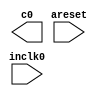
// megafunction wizard: %ALTPLL%VBB%
// GENERATION: STANDARD
// VERSION: WM1.0
// MODULE: altpll 

// ============================================================
// Megafunction Name(s):
// 			altpll
//
// Simulation Library Files(s):
// 			altera_mf
// ============================================================
// ************************************************************
// THIS IS A WIZARD-GENERATED FILE. DO NOT EDIT THIS FILE!
//
// 8.1 Build 163 10/28/2008 SJ Web Edition
// ************************************************************

//Copyright (C) 1991-2008 Altera Corporation
//Your use of Altera Corporation's design tools, logic functions 
//and other software and tools, and its AMPP partner logic 
//functions, and any output files from any of the foregoing 
//(including device programming or simulation files), and any 
//associated documentation or information are expressly subject 
//to the terms and conditions of the Altera Program License 
//Subscription Agreement, Altera MegaCore Function License 
//Agreement, or other applicable license agreement, including, 
//without limitation, that your use is for the sole purpose of 
//programming logic devices manufactured by Altera and sold by 
//Altera or its authorized distributors.  Please refer to the 
//applicable agreement for further details.

module pll (
	areset,
	inclk0,
	c0);

	input	  areset;
	input	  inclk0;
	output	  c0;

endmodule

// ============================================================
// CNX file retrieval info
// ============================================================
// Retrieval info: PRIVATE: ACTIVECLK_CHECK STRING "0"
// Retrieval info: PRIVATE: BANDWIDTH STRING "1.000"
// Retrieval info: PRIVATE: BANDWIDTH_FEATURE_ENABLED STRING "0"
// Retrieval info: PRIVATE: BANDWIDTH_FREQ_UNIT STRING "MHz"
// Retrieval info: PRIVATE: BANDWIDTH_PRESET STRING "Low"
// Retrieval info: PRIVATE: BANDWIDTH_USE_AUTO STRING "1"
// Retrieval info: PRIVATE: BANDWIDTH_USE_CUSTOM STRING "0"
// Retrieval info: PRIVATE: BANDWIDTH_USE_PRESET STRING "0"
// Retrieval info: PRIVATE: CLKBAD_SWITCHOVER_CHECK STRING "0"
// Retrieval info: PRIVATE: CLKLOSS_CHECK STRING "0"
// Retrieval info: PRIVATE: CLKSWITCH_CHECK STRING "1"
// Retrieval info: PRIVATE: CNX_NO_COMPENSATE_RADIO STRING "0"
// Retrieval info: PRIVATE: CREATE_CLKBAD_CHECK STRING "0"
// Retrieval info: PRIVATE: CREATE_INCLK1_CHECK STRING "0"
// Retrieval info: PRIVATE: CUR_DEDICATED_CLK STRING "c0"
// Retrieval info: PRIVATE: CUR_FBIN_CLK STRING "e0"
// Retrieval info: PRIVATE: DEVICE_SPEED_GRADE STRING "6"
// Retrieval info: PRIVATE: DIV_FACTOR0 NUMERIC "18"
// Retrieval info: PRIVATE: DUTY_CYCLE0 STRING "50.00000000"
// Retrieval info: PRIVATE: EXPLICIT_SWITCHOVER_COUNTER STRING "0"
// Retrieval info: PRIVATE: EXT_FEEDBACK_RADIO STRING "0"
// Retrieval info: PRIVATE: GLOCKED_COUNTER_EDIT_CHANGED STRING "1"
// Retrieval info: PRIVATE: GLOCKED_FEATURE_ENABLED STRING "1"
// Retrieval info: PRIVATE: GLOCKED_MODE_CHECK STRING "0"
// Retrieval info: PRIVATE: GLOCK_COUNTER_EDIT NUMERIC "1048575"
// Retrieval info: PRIVATE: HAS_MANUAL_SWITCHOVER STRING "1"
// Retrieval info: PRIVATE: INCLK0_FREQ_EDIT STRING "50.000"
// Retrieval info: PRIVATE: INCLK0_FREQ_UNIT_COMBO STRING "MHz"
// Retrieval info: PRIVATE: INCLK1_FREQ_EDIT STRING "100.000"
// Retrieval info: PRIVATE: INCLK1_FREQ_EDIT_CHANGED STRING "1"
// Retrieval info: PRIVATE: INCLK1_FREQ_UNIT_CHANGED STRING "1"
// Retrieval info: PRIVATE: INCLK1_FREQ_UNIT_COMBO STRING "MHz"
// Retrieval info: PRIVATE: INTENDED_DEVICE_FAMILY STRING "Cyclone II"
// Retrieval info: PRIVATE: INT_FEEDBACK__MODE_RADIO STRING "1"
// Retrieval info: PRIVATE: LOCKED_OUTPUT_CHECK STRING "0"
// Retrieval info: PRIVATE: LONG_SCAN_RADIO STRING "1"
// Retrieval info: PRIVATE: LVDS_MODE_DATA_RATE STRING "300.000"
// Retrieval info: PRIVATE: LVDS_MODE_DATA_RATE_DIRTY NUMERIC "0"
// Retrieval info: PRIVATE: LVDS_PHASE_SHIFT_UNIT0 STRING "deg"
// Retrieval info: PRIVATE: MIG_DEVICE_SPEED_GRADE STRING "Any"
// Retrieval info: PRIVATE: MIRROR_CLK0 STRING "0"
// Retrieval info: PRIVATE: MULT_FACTOR0 NUMERIC "39"
// Retrieval info: PRIVATE: NORMAL_MODE_RADIO STRING "1"
// Retrieval info: PRIVATE: OUTPUT_FREQ0 STRING "100.00000000"
// Retrieval info: PRIVATE: OUTPUT_FREQ_MODE0 STRING "0"
// Retrieval info: PRIVATE: OUTPUT_FREQ_UNIT0 STRING "MHz"
// Retrieval info: PRIVATE: PHASE_RECONFIG_FEATURE_ENABLED STRING "0"
// Retrieval info: PRIVATE: PHASE_RECONFIG_INPUTS_CHECK STRING "0"
// Retrieval info: PRIVATE: PHASE_SHIFT0 STRING "0.00000000"
// Retrieval info: PRIVATE: PHASE_SHIFT_STEP_ENABLED_CHECK STRING "0"
// Retrieval info: PRIVATE: PHASE_SHIFT_UNIT0 STRING "deg"
// Retrieval info: PRIVATE: PLL_ADVANCED_PARAM_CHECK STRING "0"
// Retrieval info: PRIVATE: PLL_ARESET_CHECK STRING "1"
// Retrieval info: PRIVATE: PLL_AUTOPLL_CHECK NUMERIC "1"
// Retrieval info: PRIVATE: PLL_ENA_CHECK STRING "0"
// Retrieval info: PRIVATE: PLL_ENHPLL_CHECK NUMERIC "0"
// Retrieval info: PRIVATE: PLL_FASTPLL_CHECK NUMERIC "0"
// Retrieval info: PRIVATE: PLL_FBMIMIC_CHECK STRING "0"
// Retrieval info: PRIVATE: PLL_LVDS_PLL_CHECK NUMERIC "0"
// Retrieval info: PRIVATE: PLL_PFDENA_CHECK STRING "0"
// Retrieval info: PRIVATE: PLL_TARGET_HARCOPY_CHECK NUMERIC "0"
// Retrieval info: PRIVATE: PRIMARY_CLK_COMBO STRING "inclk0"
// Retrieval info: PRIVATE: RECONFIG_FILE STRING "pll.mif"
// Retrieval info: PRIVATE: SACN_INPUTS_CHECK STRING "0"
// Retrieval info: PRIVATE: SCAN_FEATURE_ENABLED STRING "0"
// Retrieval info: PRIVATE: SELF_RESET_LOCK_LOSS STRING "0"
// Retrieval info: PRIVATE: SHORT_SCAN_RADIO STRING "0"
// Retrieval info: PRIVATE: SPREAD_FEATURE_ENABLED STRING "0"
// Retrieval info: PRIVATE: SPREAD_FREQ STRING "50.000"
// Retrieval info: PRIVATE: SPREAD_FREQ_UNIT STRING "KHz"
// Retrieval info: PRIVATE: SPREAD_PERCENT STRING "0.500"
// Retrieval info: PRIVATE: SPREAD_USE STRING "0"
// Retrieval info: PRIVATE: SRC_SYNCH_COMP_RADIO STRING "0"
// Retrieval info: PRIVATE: STICKY_CLK0 STRING "1"
// Retrieval info: PRIVATE: SWITCHOVER_COUNT_EDIT NUMERIC "1"
// Retrieval info: PRIVATE: SWITCHOVER_FEATURE_ENABLED STRING "1"
// Retrieval info: PRIVATE: SYNTH_WRAPPER_GEN_POSTFIX STRING "0"
// Retrieval info: PRIVATE: USE_CLK0 STRING "1"
// Retrieval info: PRIVATE: USE_CLKENA0 STRING "0"
// Retrieval info: PRIVATE: USE_MIL_SPEED_GRADE NUMERIC "0"
// Retrieval info: PRIVATE: ZERO_DELAY_RADIO STRING "0"
// Retrieval info: LIBRARY: altera_mf altera_mf.altera_mf_components.all
// Retrieval info: CONSTANT: CLK0_DIVIDE_BY NUMERIC "6"
// Retrieval info: CONSTANT: CLK0_DUTY_CYCLE NUMERIC "50"
// Retrieval info: CONSTANT: CLK0_MULTIPLY_BY NUMERIC "13"
// Retrieval info: CONSTANT: CLK0_PHASE_SHIFT STRING "0"
// Retrieval info: CONSTANT: COMPENSATE_CLOCK STRING "CLK0"
// Retrieval info: CONSTANT: INCLK0_INPUT_FREQUENCY NUMERIC "20000"
// Retrieval info: CONSTANT: INTENDED_DEVICE_FAMILY STRING "Cyclone II"
// Retrieval info: CONSTANT: LPM_TYPE STRING "altpll"
// Retrieval info: CONSTANT: OPERATION_MODE STRING "NORMAL"
// Retrieval info: CONSTANT: PORT_ACTIVECLOCK STRING "PORT_UNUSED"
// Retrieval info: CONSTANT: PORT_ARESET STRING "PORT_USED"
// Retrieval info: CONSTANT: PORT_CLKBAD0 STRING "PORT_UNUSED"
// Retrieval info: CONSTANT: PORT_CLKBAD1 STRING "PORT_UNUSED"
// Retrieval info: CONSTANT: PORT_CLKLOSS STRING "PORT_UNUSED"
// Retrieval info: CONSTANT: PORT_CLKSWITCH STRING "PORT_UNUSED"
// Retrieval info: CONSTANT: PORT_CONFIGUPDATE STRING "PORT_UNUSED"
// Retrieval info: CONSTANT: PORT_FBIN STRING "PORT_UNUSED"
// Retrieval info: CONSTANT: PORT_INCLK0 STRING "PORT_USED"
// Retrieval info: CONSTANT: PORT_INCLK1 STRING "PORT_UNUSED"
// Retrieval info: CONSTANT: PORT_LOCKED STRING "PORT_UNUSED"
// Retrieval info: CONSTANT: PORT_PFDENA STRING "PORT_UNUSED"
// Retrieval info: CONSTANT: PORT_PHASECOUNTERSELECT STRING "PORT_UNUSED"
// Retrieval info: CONSTANT: PORT_PHASEDONE STRING "PORT_UNUSED"
// Retrieval info: CONSTANT: PORT_PHASESTEP STRING "PORT_UNUSED"
// Retrieval info: CONSTANT: PORT_PHASEUPDOWN STRING "PORT_UNUSED"
// Retrieval info: CONSTANT: PORT_PLLENA STRING "PORT_UNUSED"
// Retrieval info: CONSTANT: PORT_SCANACLR STRING "PORT_UNUSED"
// Retrieval info: CONSTANT: PORT_SCANCLK STRING "PORT_UNUSED"
// Retrieval info: CONSTANT: PORT_SCANCLKENA STRING "PORT_UNUSED"
// Retrieval info: CONSTANT: PORT_SCANDATA STRING "PORT_UNUSED"
// Retrieval info: CONSTANT: PORT_SCANDATAOUT STRING "PORT_UNUSED"
// Retrieval info: CONSTANT: PORT_SCANDONE STRING "PORT_UNUSED"
// Retrieval info: CONSTANT: PORT_SCANREAD STRING "PORT_UNUSED"
// Retrieval info: CONSTANT: PORT_SCANWRITE STRING "PORT_UNUSED"
// Retrieval info: CONSTANT: PORT_clk0 STRING "PORT_USED"
// Retrieval info: CONSTANT: PORT_clk1 STRING "PORT_UNUSED"
// Retrieval info: CONSTANT: PORT_clk2 STRING "PORT_UNUSED"
// Retrieval info: CONSTANT: PORT_clk3 STRING "PORT_UNUSED"
// Retrieval info: CONSTANT: PORT_clk4 STRING "PORT_UNUSED"
// Retrieval info: CONSTANT: PORT_clk5 STRING "PORT_UNUSED"
// Retrieval info: CONSTANT: PORT_clkena0 STRING "PORT_UNUSED"
// Retrieval info: CONSTANT: PORT_clkena1 STRING "PORT_UNUSED"
// Retrieval info: CONSTANT: PORT_clkena2 STRING "PORT_UNUSED"
// Retrieval info: CONSTANT: PORT_clkena3 STRING "PORT_UNUSED"
// Retrieval info: CONSTANT: PORT_clkena4 STRING "PORT_UNUSED"
// Retrieval info: CONSTANT: PORT_clkena5 STRING "PORT_UNUSED"
// Retrieval info: CONSTANT: PORT_extclk0 STRING "PORT_UNUSED"
// Retrieval info: CONSTANT: PORT_extclk1 STRING "PORT_UNUSED"
// Retrieval info: CONSTANT: PORT_extclk2 STRING "PORT_UNUSED"
// Retrieval info: CONSTANT: PORT_extclk3 STRING "PORT_UNUSED"
// Retrieval info: USED_PORT: @clk 0 0 6 0 OUTPUT_CLK_EXT VCC "@clk[5..0]"
// Retrieval info: USED_PORT: @extclk 0 0 4 0 OUTPUT_CLK_EXT VCC "@extclk[3..0]"
// Retrieval info: USED_PORT: areset 0 0 0 0 INPUT GND "areset"
// Retrieval info: USED_PORT: c0 0 0 0 0 OUTPUT_CLK_EXT VCC "c0"
// Retrieval info: USED_PORT: inclk0 0 0 0 0 INPUT_CLK_EXT GND "inclk0"
// Retrieval info: CONNECT: @inclk 0 0 1 0 inclk0 0 0 0 0
// Retrieval info: CONNECT: c0 0 0 0 0 @clk 0 0 1 0
// Retrieval info: CONNECT: @inclk 0 0 1 1 GND 0 0 0 0
// Retrieval info: CONNECT: @areset 0 0 0 0 areset 0 0 0 0
// Retrieval info: GEN_FILE: TYPE_NORMAL pll.v TRUE FALSE
// Retrieval info: GEN_FILE: TYPE_NORMAL pll.ppf TRUE FALSE
// Retrieval info: GEN_FILE: TYPE_NORMAL pll.inc FALSE FALSE
// Retrieval info: GEN_FILE: TYPE_NORMAL pll.cmp FALSE FALSE
// Retrieval info: GEN_FILE: TYPE_NORMAL pll.bsf TRUE FALSE
// Retrieval info: GEN_FILE: TYPE_NORMAL pll_inst.v FALSE FALSE
// Retrieval info: GEN_FILE: TYPE_NORMAL pll_bb.v TRUE FALSE
// Retrieval info: GEN_FILE: TYPE_NORMAL pll_waveforms.html TRUE FALSE
// Retrieval info: GEN_FILE: TYPE_NORMAL pll_wave*.jpg FALSE FALSE
// Retrieval info: LIB_FILE: altera_mf
// Retrieval info: CBX_MODULE_PREFIX: ON